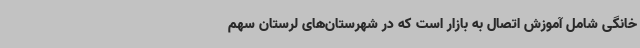
خانگی شامل آموزش اتصال به بازار است که در شهرستان‌های لرستان سهم